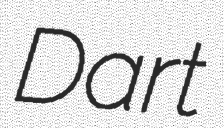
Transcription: Dart